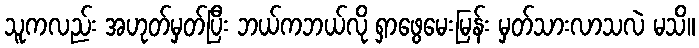
သူကလည်း အဟုတ်မှတ်ပြီး ဘယ်ကဘယ်လို ရှာဖွေမေးမြန်း မှတ်သားလာသလဲ မသိ။